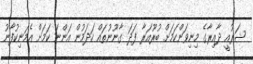
ޝަރުއީ ދާއިރާގެ މިނިވަންކަމަށް ބުރޫއަރާ ފަދަ ގާނޫނުތައް ހަދަމުން އަންނަ ކަމަށް އެމަނިކުފާނު